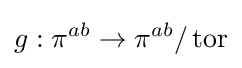
g:\pi ^{ab}\to \pi ^{ab}/\operatorname {tor}